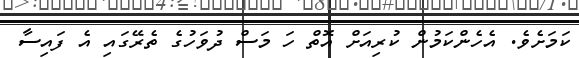
ކަމަށެވެ. އެހެންކަމުން ކުރިއަށް އޮތް ހަ މަސް ދުވަހުގެ ތެރޭގައި އެ ފައިސާ